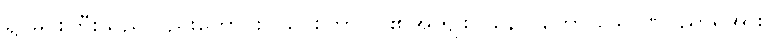
ရှင်မင်းကြီးသည်လည်းကောင်း။ ယာစကာ၊ ငါ၏အကျိုးငှာနောင်တော် သောဏပညာရှိအား